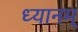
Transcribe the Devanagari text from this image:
ध्यानम्